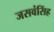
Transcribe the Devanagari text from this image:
जसवंसिंह